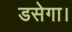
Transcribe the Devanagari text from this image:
डसेगा।